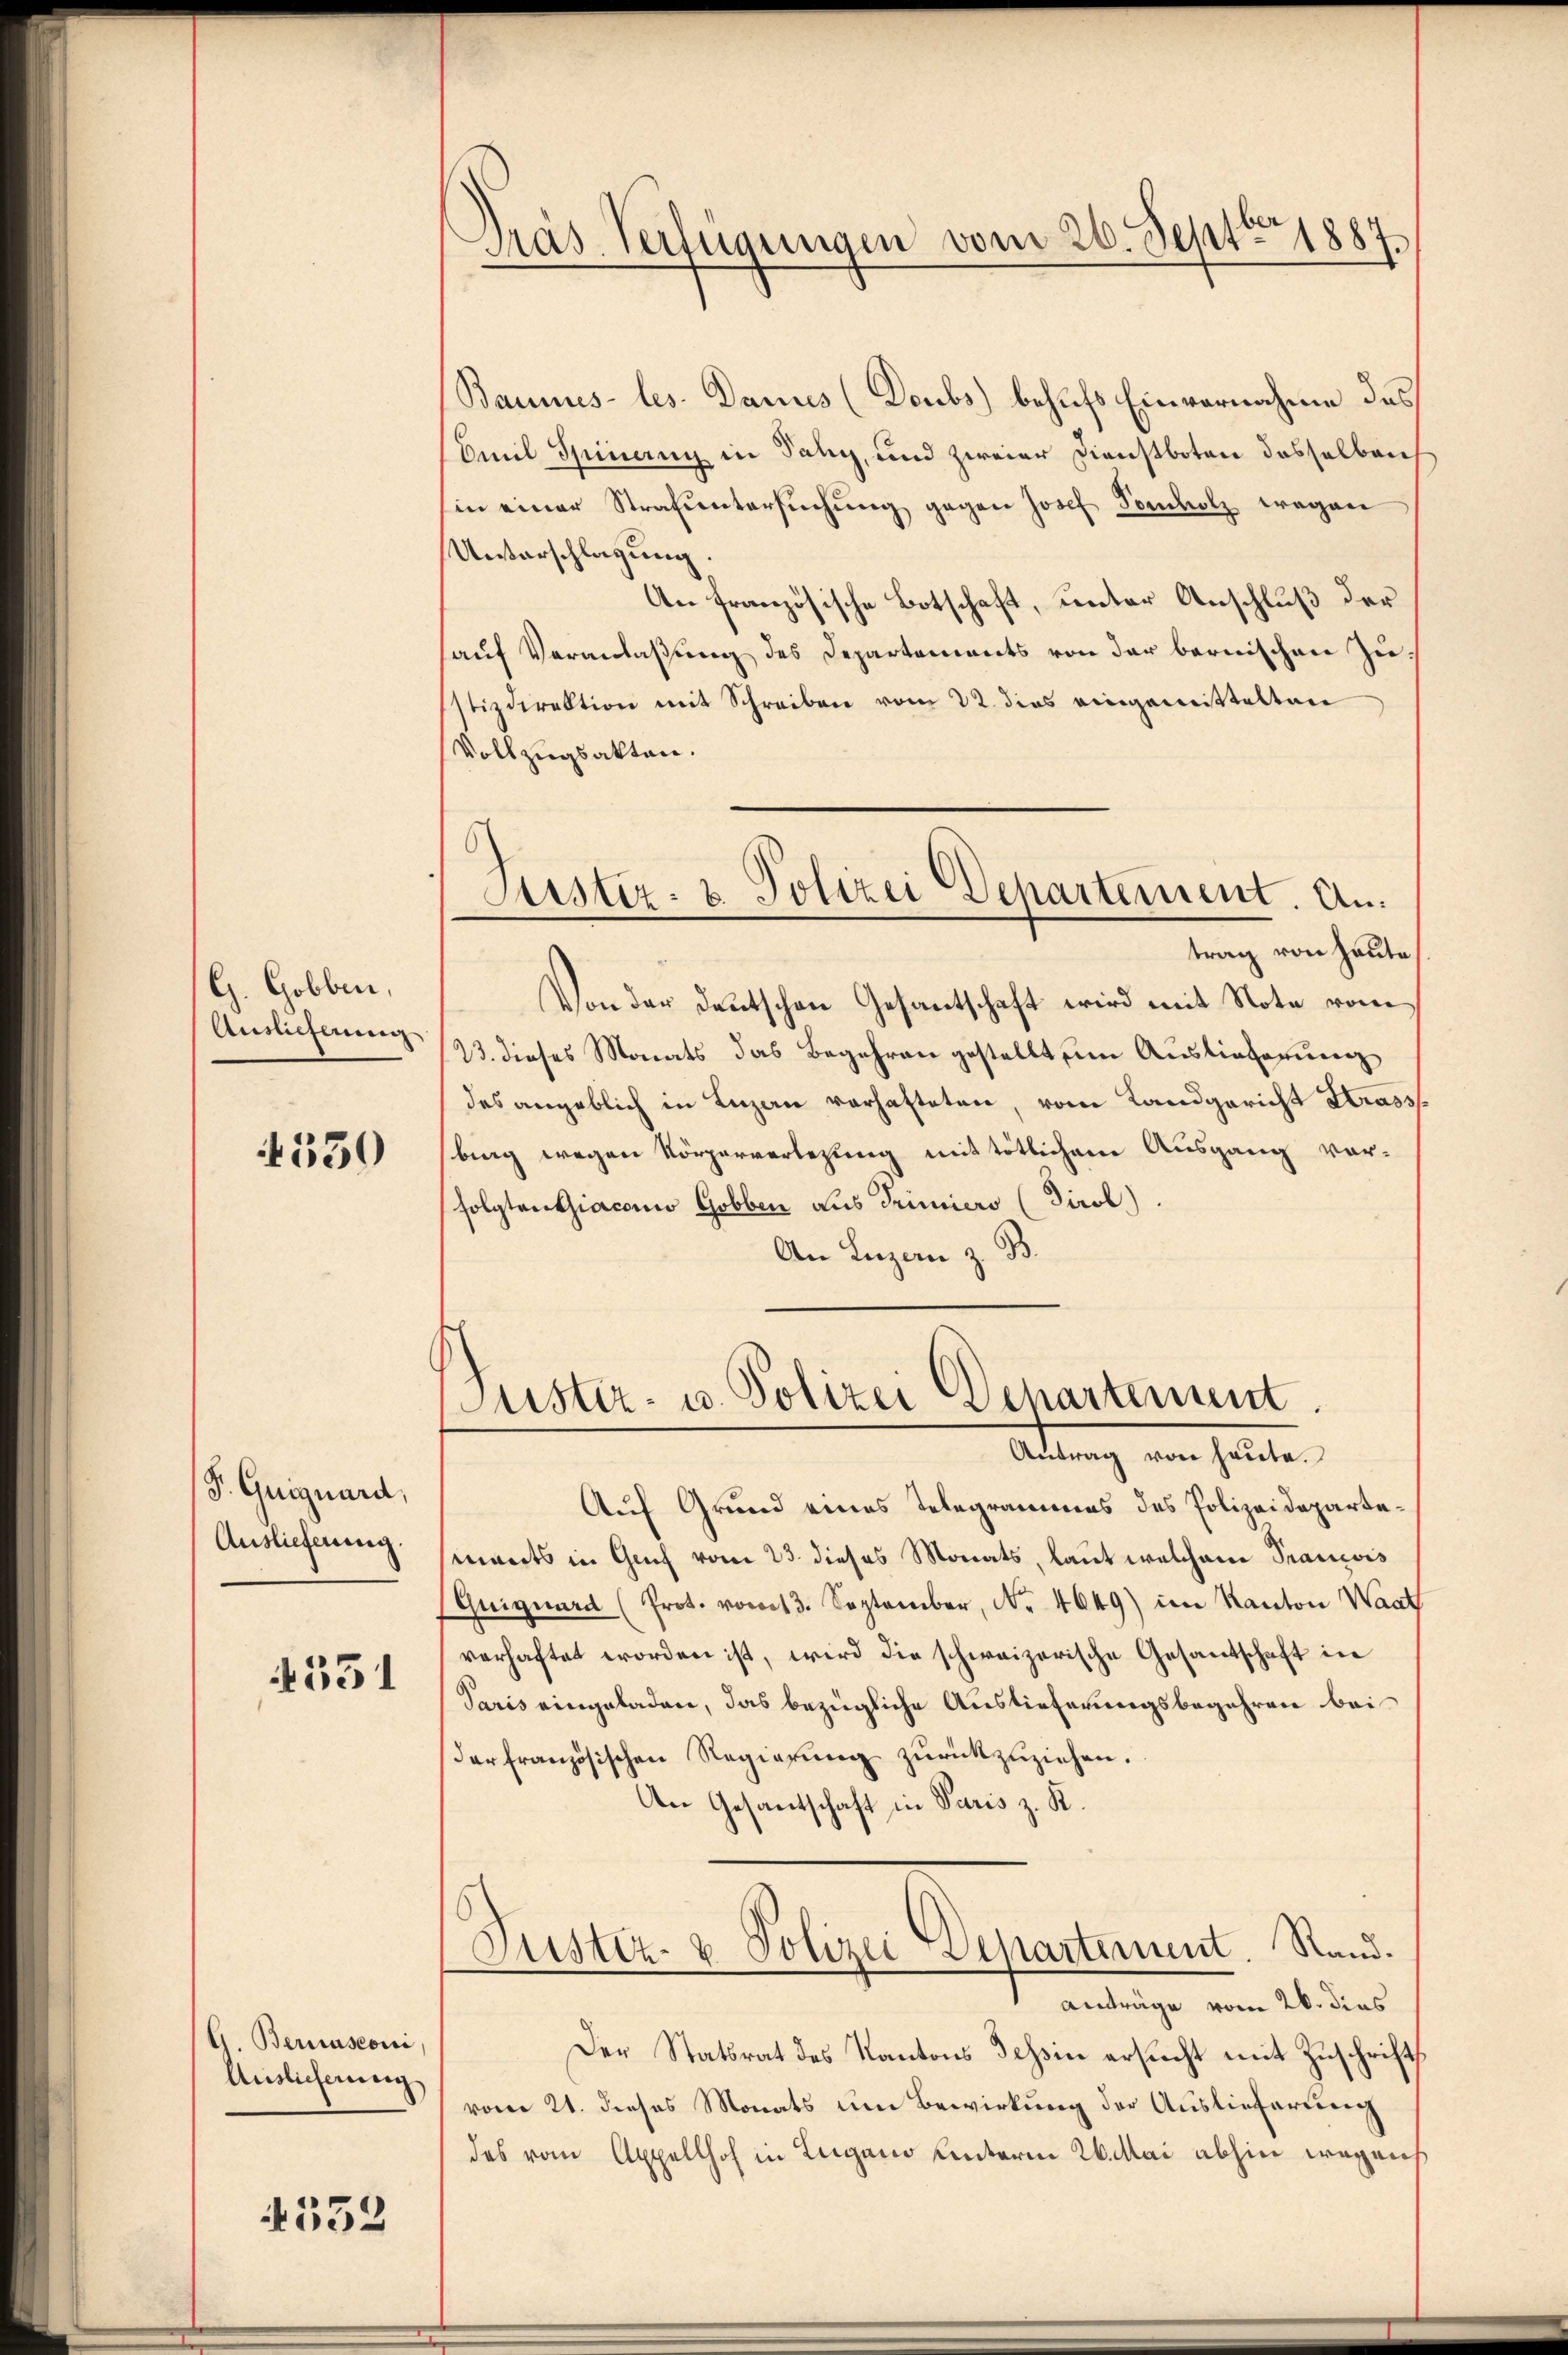
G. Gobben,
Auslieferung

4330

P. Guiguard,
Auslieferung.

551

G. Bernasconi
Auslieferung

4552

Präs. Verfügungen vom 26. Septbr 1887.

Suster- & Polizei Departement. An
trag von heute

Baumes les. Dannes (Doubs) behufs Einvernahme des
Emil Spinanz in Tany, und zweier Dienstboten dasselben
in einer Strafuntersuchung gegen Josef Fondholz wegen
Unterschlagung.
An französische Botschaft, unter Anschluß der
auf Veranlaßung des Departements von der bernischen Zustizdirektion mit Schreiben vom 22. dies eingemittelten
Vollzugsakten.
Von der deutschen Gesantschaft wird mit Note vom
23. dieses Monats das Begehren gestellt um Auslieferung
des angeblich in Luzaun verhafteten, vom Landgericht Strass
berg wegen Körperverlegung mit tötlichem Ausgang vor-
folgten Giacono Gobben aus Serimier (Tirol)
An Luzern z. B.
Luster- u. Polizei Departement.
Antrag von heute.
Auf Grund eines Telegrammes des Polizeidepartemants in Genf vom 23. dieses Monats, laut welchem Prancois
Griguard (Prot. vom 13. September, No. 4649) im Kanton Waat
verhaftet worden ist, wird die schweizerische Gesantschaft in
Paris eingeladen, das bezügliche Auslieferungsbegehren bei
der französischen Regierung zurückzuziehen.
An Gesantschaft in Paris z. R.
Justiz- & Polizei Departement. Rand.
1 anfrage vom 26. dies
Der Statsrat des Kantons Tessin ersucht mit Zuschrift
vom 21. dieses Monats um Bewirkung der Auslieferung
des vom Appellhof in Lugano hinterm 26. Mai abhin wegens